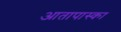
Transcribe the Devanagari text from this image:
आतापास्का